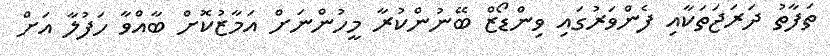
ތަފާތު ދަރަޖަތަކާއި ފެންވަރުގައި ވިންޑޯޒް ބޭނުންކުރާ މީހުންނަށް އަމާޒުކޮށް ބާއްވާ ހަފުލާ އަށް